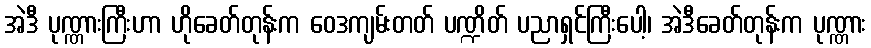
အဲဒီ ပုဏ္ဏားကြီးဟာ ဟိုခေတ်တုန်းက ဝေဒကျမ်းတတ် ပဏ္ဍိတ် ပညာရှင်ကြီးပေါ့၊ အဲဒီခေတ်တုန်းက ပုဏ္ဏား